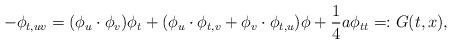
LaTeX: \begin{align*} -\phi_{t, uv}= (\phi_u\cdot \phi_v)\phi_t+ (\phi_u\cdot\phi_{t, v}+ \phi_v\cdot \phi_{t, u})\phi+ \frac{1}{4}a \phi_{tt}=: G(t, x), \end{align*}